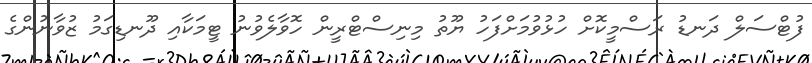
ފުޓްސަލް ދަނޑު ރަސްމީކޮށް ހުޅުވުމަށްފަހު ޔޫތު މިނިސްޓްރީން ހޮވާލެވުނު ޓީމަކާއި ދޫނޑިގަމު ޒުވާނުންގެ